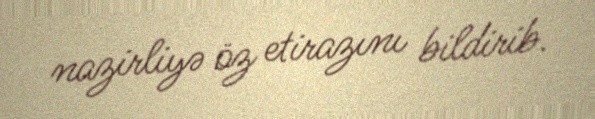
nazirliyə öz etirazını bildirib.